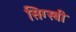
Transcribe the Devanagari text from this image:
सिग्स्बी